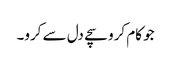
جو کام کرو سچے دل سے کرو۔